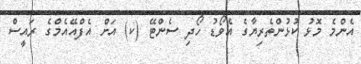
އެންމެ މޮޅު ކުޅުންތެރިޔާގެ އެވޯޑު ހޯދި ސެންޓޭ (ކ) އަށް އެފްއޭއެމްގެ ރައީސް